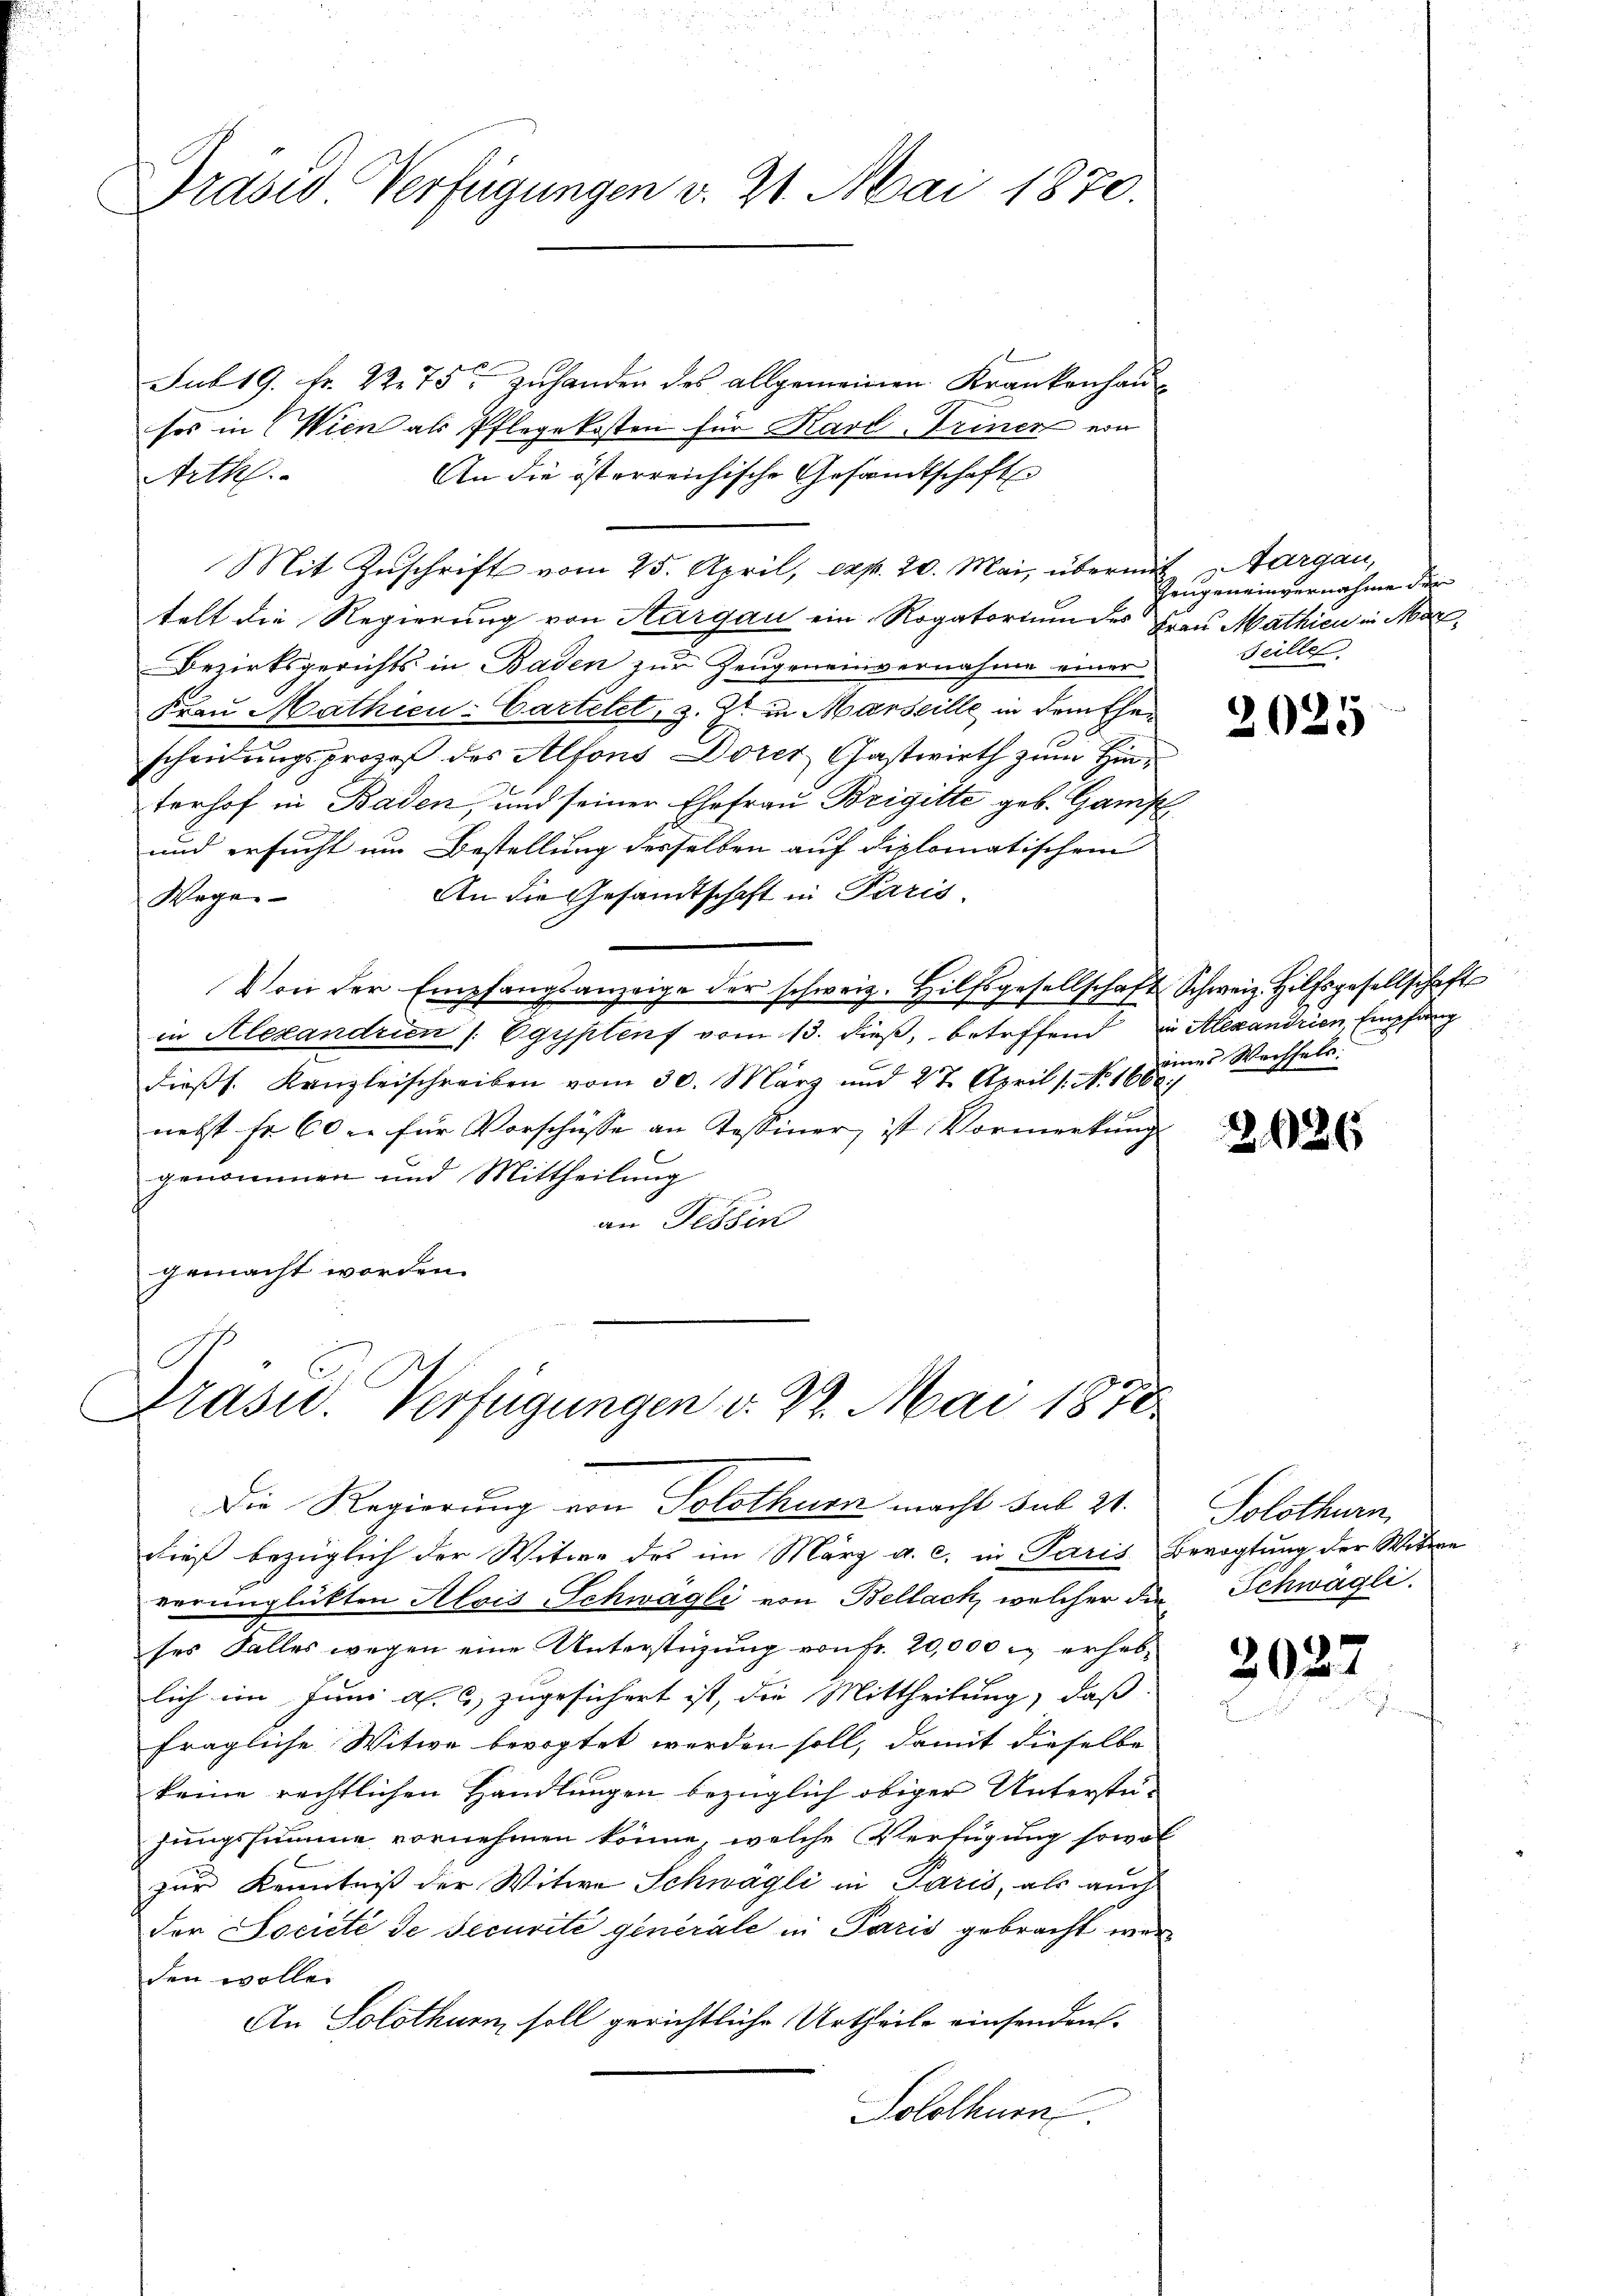
Präsid Verfügungen v. 21. Mai 1870.

Jub 19. Fr. 22. 75 zuhanden des allgemeinen Krankenhau
sos in Wien als Pflegekosten für Karl Triner von
An die österreichische Gesandtschaft
Arth.
Mit Zuschrift vom 25. April, exp. 20. Mai, übermitelt die Regierung von Aargau ein Rogatorium des
Bezirksgerichts in Baden zur Zeugeneinvernahme einer
Frau Mathien-Cartetet, z. B. in Marseille in dem Ehescheidungsprozeß des Alfons Dores Gastwirth zum Hinterhof in Baden, und seiner Ehefrau Brigitte geb. Gamp
und ersucht um Bestellung desselben auf diplomatischem
An die Gesandtschaft in Paris
Wege
Von der Empfangsanzeige der schweiz. Hilfsgesellschaft Schweiz. Hilfsgesellschafts
in Alexandrien /: Egyptens vom 13. dieß, betreffend
dieβs. Kanzleischreiben vom 30. März und 27. April 1. No. 1668)
nebst fr 60 u. für Vorschüsse an Tessiner, ist Vormerkung
genommen und Mittheilung
an Fessen
gemacht worden.
Präsid. Verfügungen v. 2. Mai 1870
Die Regierung von Solothurn macht sub 21.
dieß bezüglich der Witwe des im März a. c. in Paris
verunglükten Alois Schwägli von Bellach, welcher di
ses Falles wegen eine Unterstüzung von Fr. 20,000. erheblich im Juni d. 6, zugesichert ist, die Mittheilung, daß
fragliche Witwe bevogtet werden soll, damit dieselbe
keine rechtlichen Handlungen bezüglich obiger Unterstüjungssumme vornehmen könne, welche Verfügung sowo
zur Kenntniß der Witwe Schwägli in Paris, als auch
der Societé de securite generale in Paris gebracht war
den wolle.
An Solothurn, soll gerichtliche Urtheile einsenden.
Solothur.

is Margau,
Trügen einvernahme der
Frau Mathien in Mar
Scille

2025

in Alexandrien, Empfang
eines Wechseln.

2686

Solothurn
Bevogtung der Widere
Schwägli

3027